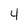
Character: 4